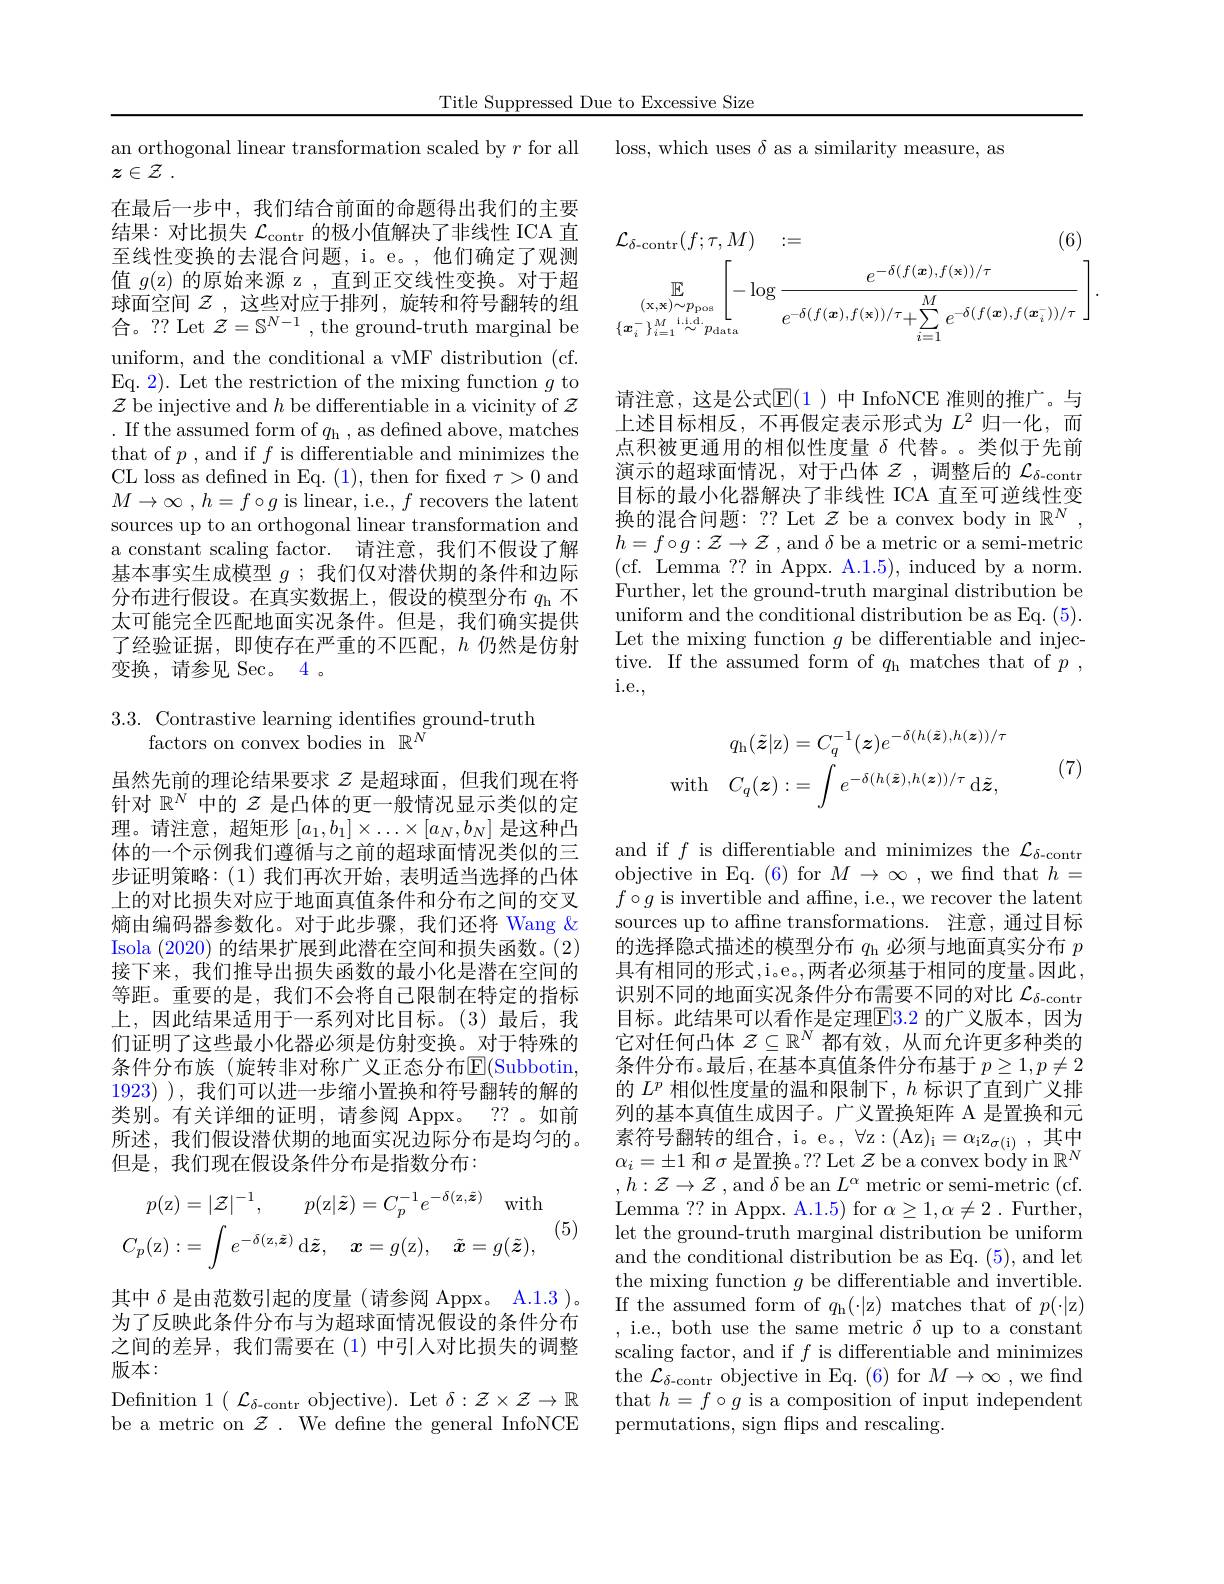
Title Suppressed Due to Excessive Size

loss, which uses $\delta$ as a similarity measure, as

an orthogonal linear transformation scaled by $r$ for all
$z\in \mathcal{Z}$ .
在最后一步中，我们结合前面的命题得出我们的主要结果：对比损失$\mathcal{L}_\mathrm{contr}$的极小值解决了非线性 ICA 直至线性变换的去混合问题，i。e。,他们确定了观测值$g($z)的原始来源 z,直到正交线性变换。对于超球面空间$\mathcal{Z}$ ,这些对应于排列，旋转和符号翻转的组合。?? Let $\mathcal{Z}=\mathbb{S}^N-1$, the ground-truth marginal be uniform, and the conditional a vMF distribution (cf. Eq. 2). Let the restriction of the mixing function $g$ to $\mathcal{Z}$ be injective and $h$ be differentiable in a vicinity of $\mathcal{Z}$ . If the assumed form of $q_\mathrm{h}$, as defined above, matches that of $p$ , and if $f$ is differentiable and minimizes the CL loss as defined in Eq. (1), then for fixed $\tau>0$ and $M\to \infty$ , $h= f\circ g$ is linear, i.e., $f$ recovers the latent sources up to an orthogonal linear transformation and a constant scaling factor. 请注意，我们不假设了解基本事实生成模型$g$ ;我们仅对潜伏期的条件和边际分布进行假设。在真实数据上，假设的模型分布$q_\mathrm{h}$不太可能完全匹配地面实况条件。但是，我们确实提供了经验证据，即使存在严重的不匹配，$h$仍然是仿射变换，请参见 Sec。4。

## 3.3. Contrastive learning identifies ground-truth factors on convex bodies in $\mathbb{R}^N$

虽然先前的理论结果要求$z$是超球面，但我们现在将针对$\mathbb{R}^N$中的$\mathcal{Z}$是凸体的更一般情况显示类似的定理。请注意，超矩形$[a_1,b_1]\times\ldots\times[a_N,b_N]$是这种凸体的一个示例我们遵循与之前的超球面情况类似的三步证明策略：(1) 我们再次开始，表明适当选择的凸体上的对比损失对应于地面真值条件和分布之间的交叉熵由编码器参数化。对于此步骤，我们还将 Wang & Isola (2020) 的结果扩展到此潜在空间和损失函数。(2) 接下来，我们推导出损失函数的最小化是潜在空间的等距。重要的是，我们不会将自己限制在特定的指标上，因此结果适用于一系列对比目标。(3)最后，我们证明了这些最小化器必须是仿射变换。对于特殊的条件分布族(旋转非对称广义正态分布$\mathbb{E}($Subbotin, 1923) ),我们可以进一步缩小置换和符号翻转的解的类别。有关详细的证明，请参阅 Appx。?? 。如前所述，我们假设潜伏期的地面实况边际分布是均匀的。但是，我们现在假设条件分布是指数分布：
$$p(\mathrm{z})=|\mathcal{Z}|^{-1},\quad p(\mathrm{z}|\tilde{\boldsymbol{z}})=C_{p}^{-1}e^{-\delta(\mathrm{z},\tilde{\boldsymbol{z}})}\quad\mathrm{with}\\C_{p}(\mathrm{z}):=\int e^{-\delta(\mathrm{z},\tilde{\boldsymbol{z}})}\:\mathrm{d}\tilde{\boldsymbol{z}},\quad\boldsymbol{x}=g(\mathrm{z}),\quad\tilde{\boldsymbol{x}}=g(\tilde{\boldsymbol{z}}),$$
(5)

其中$\delta$是由范数引起的度量(请参阅 Appx。A.1.3 )。为了反映此条件分布与为超球面情况假设的条件分布之间的差异，我们需要在(1)中引人对比损失的调整版本：
Definition $1( \mathcal{L} _\delta$- contr objective). Let $\delta:\mathcal{Z}\times\mathcal{Z}\to\mathbb{R}$ be a metric on $\mathcal{Z}.$ We define the general InfoNCE
$$\mathcal{L}_{\delta\mathrm{-contr}}(f;\tau,M)\quad:=\\\mathbb{E}_{(\mathbf{x},\mathbf{x})\sim p_{\mathrm{pos}}}\left[-\log\frac{e^{-\delta(f(\boldsymbol{x}),f(\boldsymbol{x}))/\tau}}{e^{-\delta(f(\boldsymbol{x}),f(\mathbf{x}))/\tau}+\sum_{i=1}^{M}e^{-\delta(f(\boldsymbol{x}),f(\boldsymbol{x}_{i}^{-}))/\tau}}\right].$$
请注意，这是公式$\mathbb{E}(1)$ 中 InfoNCE 准则的推广。与上述目标相反，不再假定表示形式为$L^2$归一化，而点积被更通用的相似性度量$\delta$代替。。类似于先前演示的超球面情况，对于凸体$z$,调整后的 $\mathcal{L} _\delta$- contr 目标的最小化器解决了非线性 ICA 直至可逆线性变换的混合问题：?? Let $\mathcal{Z}$ be a convex body in $\mathbb{R}^N$ $h=f\circ g:\mathcal{Z}\to\mathcal{Z}$ , and $\delta$ be a metric or a semi-metric ( cf. Lemma ? ? in Appx. A. 1. 5) , induced by a norm. Further, let the ground-truth marginal distribution be uniform and the conditional distribution be as Eq. (5). Let the mixing function $g$ be differentiable and injective. If the assumed form of $q_\mathrm{h}$ matches that of $p$, i.e.,
$$\begin{aligned}q_{\mathrm{h}}(\tilde{\boldsymbol{z}}|\mathrm{z})&=C_{q}^{-1}(\boldsymbol{z})e^{-\delta(h(\tilde{\boldsymbol{z}}),h(\boldsymbol{z}))/\tau}\\\mathrm{with}\quad C_{q}(\boldsymbol{z})&:=\int e^{-\delta(h(\tilde{\boldsymbol{z}}),h(\boldsymbol{z}))/\tau}\:\mathrm{d}\tilde{\boldsymbol{z}},\end{aligned}$$
(7)

and if $f$ is differentiable and minimizes the $\mathcal{L}_\delta$-contr objective in Eq. (6) for $M\to\infty$ ,we find that $h=$ $f\circ g$ is invertible and affne, i.e., we recover the latent sources up to affine transformations. 注意，通过目标的选择隐式描述的模型分布$q_\mathrm{h}$必须与地面真实分布$p$ 具有相同的形式$,\mathrm i_{\mathrm{oe}}$,两者必须基于相同的度量。因此， 识别不同的地面实况条件分布需要不同的对比$\mathcal{L}_\mathrm{\delta-contr}$ 目标。此结果可以看作是定理$\color{red}{\mathrm{E3.2~}}$的广义版本，因为它对任何凸体$\mathcal{Z}\subseteq\mathbb{R}^N$都有效，从而允许更多种类的条件分布。最后，在基本真值条件分布基于$p\geq1,p\neq2$ 的$L^p$相似性度量的温和限制下，$h$标识了直到广义排列的基本真值生成因子。广义置换矩阵 A 是置换和元素符号翻转的组合，i。e。, $\forall$z:(Az$)_\mathrm{i}=\alpha_\mathrm{i}\mathrm{z}_{\sigma(\mathrm{i})}$,其中$\alpha_i=\pm1$和$\sigma$是置换。?? Let $\mathcal{Z}$ be a convex body in $\mathbb{R}^N$ $, h: \mathcal{Z} \to \mathcal{Z}$ ,and $\delta$be an $L^\alpha$ metric or semi-metric (cf. Lemma ?? in Appx. A.1.5) for $\alpha\geq1,\alpha\neq2.$ Further, let the ground-truth marginal distribution be uniform and the conditional distribution be as Eq. (5), and let the mixing function $g$ be differentiable and invertible. If the assumed form of $q_{\mathrm{h}}(\cdot|$z) matches that of $p(\cdot|$z) , i.e., both use the same metric $\delta$ up to a constant scaling factor, and if $f$ is differentiable and minimizes the $\mathcal{L} _\delta$- contr objective in Eq. (6) for $M\to\infty$ ,we find that $h=f\circ g$ is a composition of input independent permutations, sign flips and rescaling.